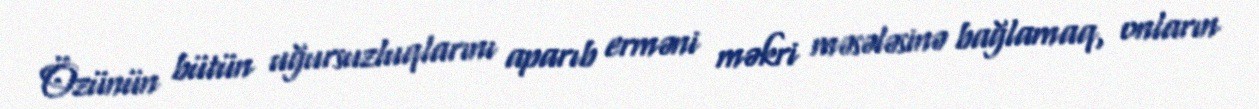
Özünün bütün uğursuzluqlarını aparıb erməni məkri məsələsinə bağlamaq, onların